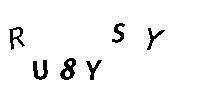
RU8YSY